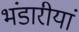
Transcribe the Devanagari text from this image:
भंडारीयां